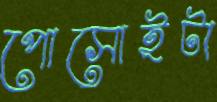
পোসোইটা